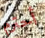
أحترم